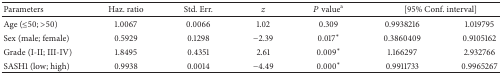
<table><thead><tr><td><b>Parameters</b></td><td><b>Haz. ratio</b></td><td><b>Std. Err.</b></td><td><b><i>z</i></b></td><td><b><i>P</i> value<sup>a</sup></b></td><td colspan="2"><b>[95% Conf. interval]</b></td></tr></thead><tbody><tr><td>Age (≤50; &gt;50)</td><td>1.0067</td><td>0.0066</td><td>1.02</td><td>0.309</td><td>0.9938216</td><td>1.019795</td></tr><tr><td>Sex (male; female)</td><td>0.5929</td><td>0.1298</td><td>−2.39</td><td>0.017<sup><i>∗</i></sup></td><td>0.3860409</td><td>0.9105162</td></tr><tr><td>Grade (I-II; III-IV)</td><td>1.8495</td><td>0.4351</td><td>2.61</td><td>0.009<sup><i>∗</i></sup></td><td>1.166297</td><td>2.932766</td></tr><tr><td>SASH1 (low; high)</td><td>0.9938</td><td>0.0014</td><td>−4.49</td><td>0.000<sup><i>∗</i></sup></td><td>0.9911733</td><td>0.9965267</td></tr></tbody></table>